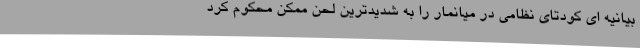
بیانیه ای کودتای نظامی در میانمار را به شدیدترین لحن ممکن محکوم کرد